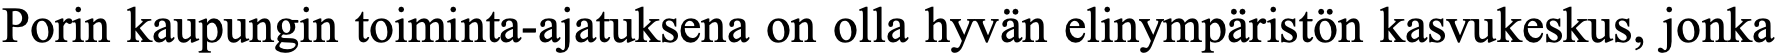
Porin kaupungin toiminta-ajatuksena on olla hyvän elinympäristön kasvukeskus, jonka